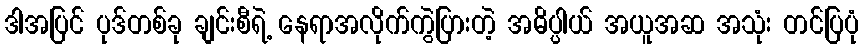
ဒါအပြင် ပုဒ်တစ်ခု ချင်းစီရဲ့ နေရာအလိုက်ကွဲပြားတဲ့ အဓိပ္ပါယ် အယူအဆ အသုံး တင်ပြပုံ